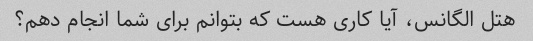
هتل الگانس، آیا کاری هست که بتوانم برای شما انجام دهم؟